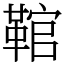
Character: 䩪